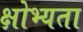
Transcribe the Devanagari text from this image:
क्षोभ्यता